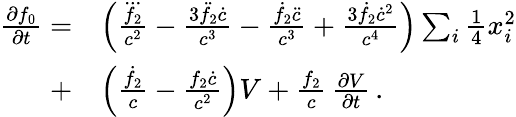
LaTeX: \begin{array}{rl}{\frac{\partial f_{0}}{\partial t}=}&{\left(\frac{\dddot{f_{2}}}{c^{2}}-\frac{3\ddot{f}_{2}\dot{c}}{c^{3}}-\frac{\dot{f}_{2}\ddot{c}}{c^{3}}+\frac{3\dot{f}_{2}\dot{c}^{2}}{c^{4}}\right)\sum_{i}{\textstyle\frac{1}{4}}x_{i}^{2}}\\ {+}&{\left(\frac{\dot{f}_{2}}{c}-\frac{f_{2}\dot{c}}{c^{2}}\right)V+\frac{f_{2}}{c}\, \frac{\partial V}{\partial t}\, .}\end{array}